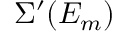
\Sigma ^ { \prime } ( E _ { m } )